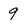
Character: 9